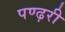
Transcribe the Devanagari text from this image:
पण्ढ़री